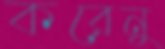
করেনু